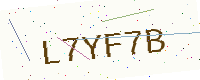
Text: L7YF7B